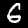
Label: 6